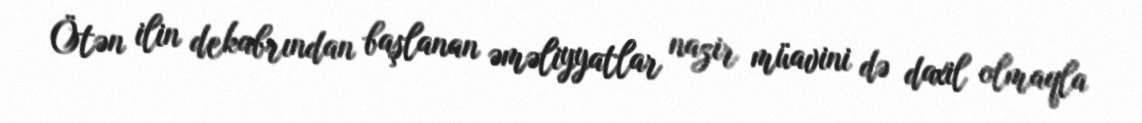
Ötən ilin dekabrından başlanan əməliyyatlar nazir müavini də daxil olmaqla